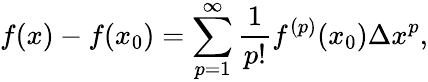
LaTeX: f(x)-f(x_{0})=\sum_{p=1}^{\infty}\frac{1}{p!}f^{(p)}(x_{0})\Delta x^{p},